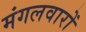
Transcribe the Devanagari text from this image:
मंगलवारों